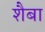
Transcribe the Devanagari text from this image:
शैबा